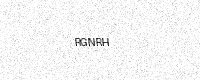
Text: RGNRH